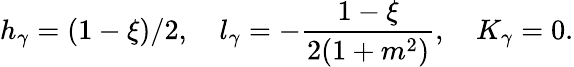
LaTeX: h_{\gamma}=(1-\xi)/2,\quad l_{\gamma}=-\frac{1-\xi}{2(1+m^{2})},\quad K_{\gamma}=0.